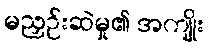
မညှဉ်းဆဲမှု၏ အကျိုး